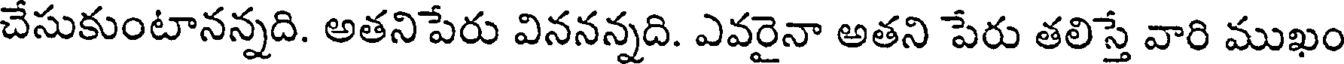
చేసుకుంటానన్నది. అతనిపేరు విననన్నది. ఎవరైనా అతని పేరు తలిస్తే వారి ముఖం